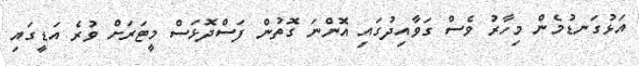
އަޅުގަނޑުމެން މިހާރު ވެސް ގަވާއިދުގައި އޮންނަ ގޮތުން ފަސްދޮޅަސް މީޓަރަށް ވުރެ އަޑީގައި